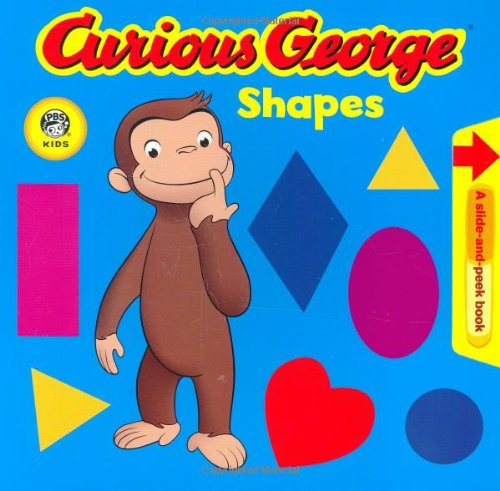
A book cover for Curious George Shapes (CGTV Pull Tab Board Book); H. A. Rey; Children's Books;